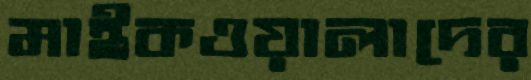
মাইকওয়ালাদের